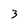
Character: 3